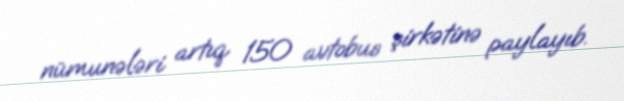
nümunələri artıq 150 avtobus şirkətinə paylayıb.